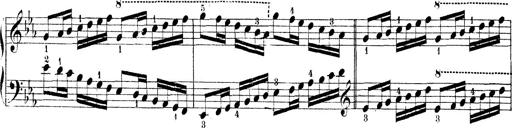
Title: Technische Studien
Composer: Franz Liszt